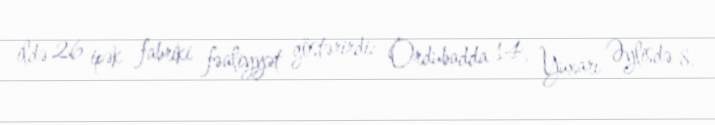
ildə 26 ipək fabriki fəaliyyət göstərirdi: Ordubadda 14, Yuxarı Əylisdə 8,